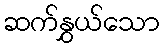
ဆက်နွှယ်သော